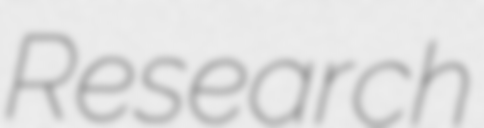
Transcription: Research